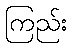
ကြည်း